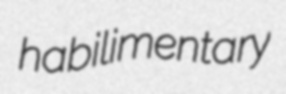
habilimentary